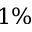
1 \%